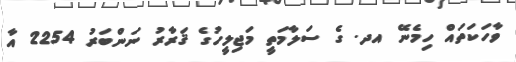
ވާހަކަތައް ހިމެނޭ އދ. ގެ ސަލާމަތީ މަޖިލީހުގެ ޤަރާރު ނަންބަރު 2254 އާ